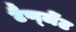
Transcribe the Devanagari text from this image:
टैण्जेंट